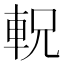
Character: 軦